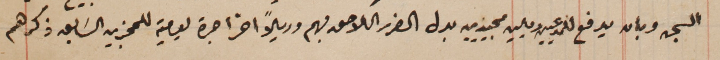
السجن وبان يدفع للمدعيين ريالين مجيديين بدل الضرر اللاحق بهم وريلاً اخر اجرة يومية للمجزين السَابق ذكرهم